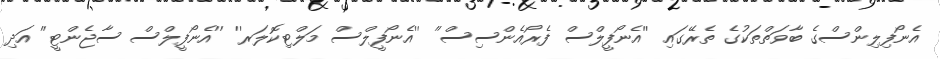
އެނޯފިލިންސްގެ ބާވަތްތަކުގެ ތެރޭގައި ''އެނޯފީލްސް ފެރޯއެންސިސް'' ''އެނޯފީލްސް މަލްޓިކޮލަރ'' ''އެނޯފީލްސް ސާޖެންޓީ'' އަދި